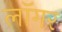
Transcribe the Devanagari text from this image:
लॉगर